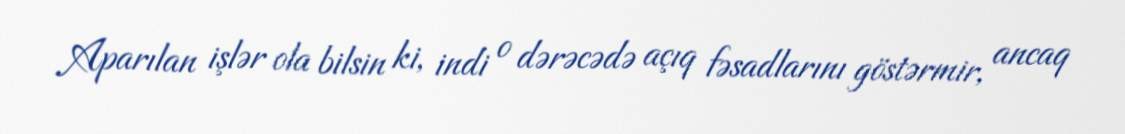
Aparılan işlər ola bilsin ki, indi o dərəcədə açıq fəsadlarını göstərmir, ancaq